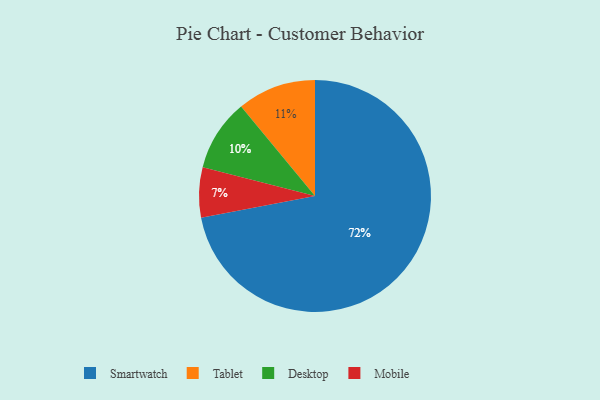
{"axis": {"x": "Category", "y": "Percentage"}, "legend": ["Desktop", "Mobile", "Smartwatch", "Tablet"], "data": [{"x": "Mobile", "y": 7, "type": "Mobile"}, {"x": "Desktop", "y": 10, "type": "Desktop"}, {"x": "Tablet", "y": 11, "type": "Tablet"}, {"x": "Smartwatch", "y": 72, "type": "Smartwatch"}]}